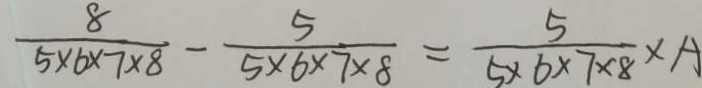
\frac { 8 } { 5 \times 6 \times 7 \times 8 } - \frac { 5 } { 5 \times 6 \times 7 \times 8 } = \frac { 5 } { 5 \times 6 \times 7 \times 8 } \times A